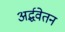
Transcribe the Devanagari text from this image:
अर्द्धवेतन